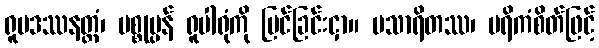
ရူပဒဿနတ္ထံ၊ ပစ္စုပ္ပန် ရူပါရုံကို မြင်ခြင်းငှာ။ ပသာရိတဿ၊ ပရိကံစိတ်ဖြင့်